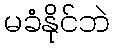
မခံနိုင်ဘဲ